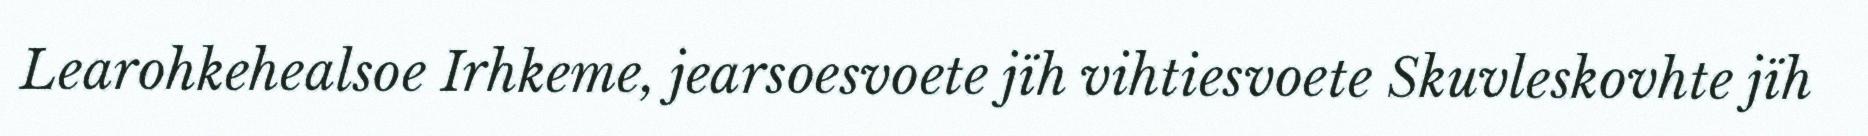
Learohkehealsoe Irhkeme, jearsoesvoete jïh vihtiesvoete Skuvleskovhte jïh